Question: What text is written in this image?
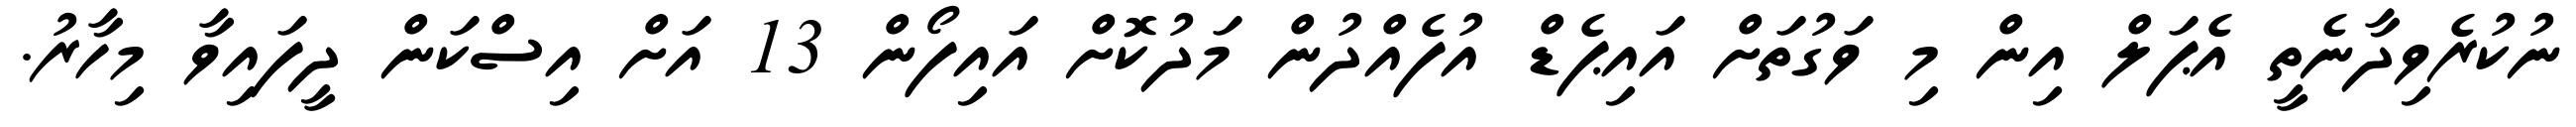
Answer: ނުކުރެވިދާނެތީ އެޕަލް އިން މި ވަގުތަށް އައިޕެޑް އުފެއްދުން މަދުކޮށް އައިފޯން 13 އަށް އިސްކަން ދީފައިވާ މިހާރު.